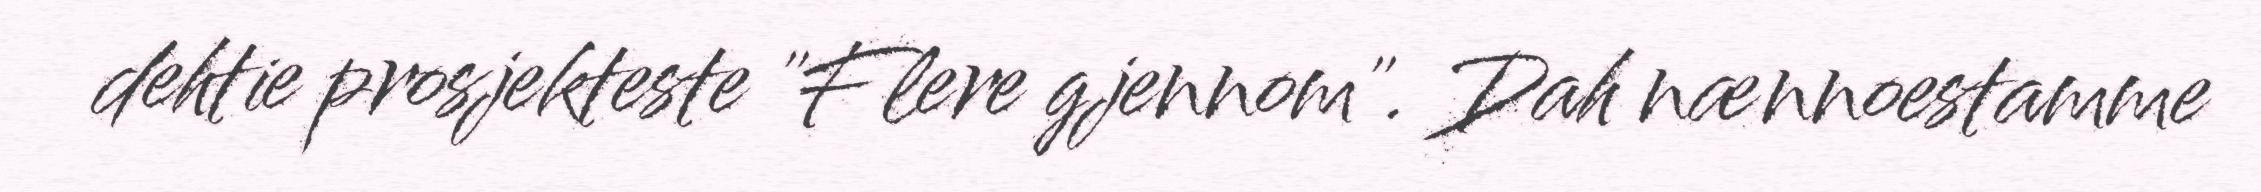
dehtie prosjekteste "Flere gjennom". Dah nænnoestamme